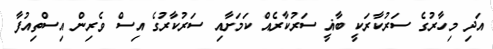
އަދި މިހާރުގެ ސަރުކާރަކީ ބާޣީ ސަރުކާރެއް ކަމަށާއި ސަރުކާރުގެ އިސް ވެރިން އިސްތިއުފާ